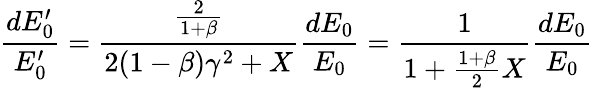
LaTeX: \frac{dE_{0}^{\prime}}{E_{0}^{\prime}}=\frac{\frac{2}{1+\beta}}{2(1-\beta)\gamma^{2}+X}\frac{dE_{0}}{E_{0}}=\frac{1}{1+\frac{1+\beta}{2}X}\frac{dE_{0}}{E_{0}}